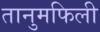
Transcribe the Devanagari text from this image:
तानुमफिली